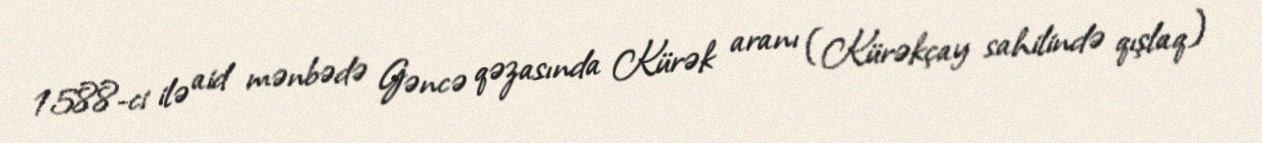
1588-ci ilə aid mənbədə Gəncə qəzasında Kürək aranı (Kürəkçay sahilində qışlaq)